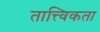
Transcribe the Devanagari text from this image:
तात्त्विकता